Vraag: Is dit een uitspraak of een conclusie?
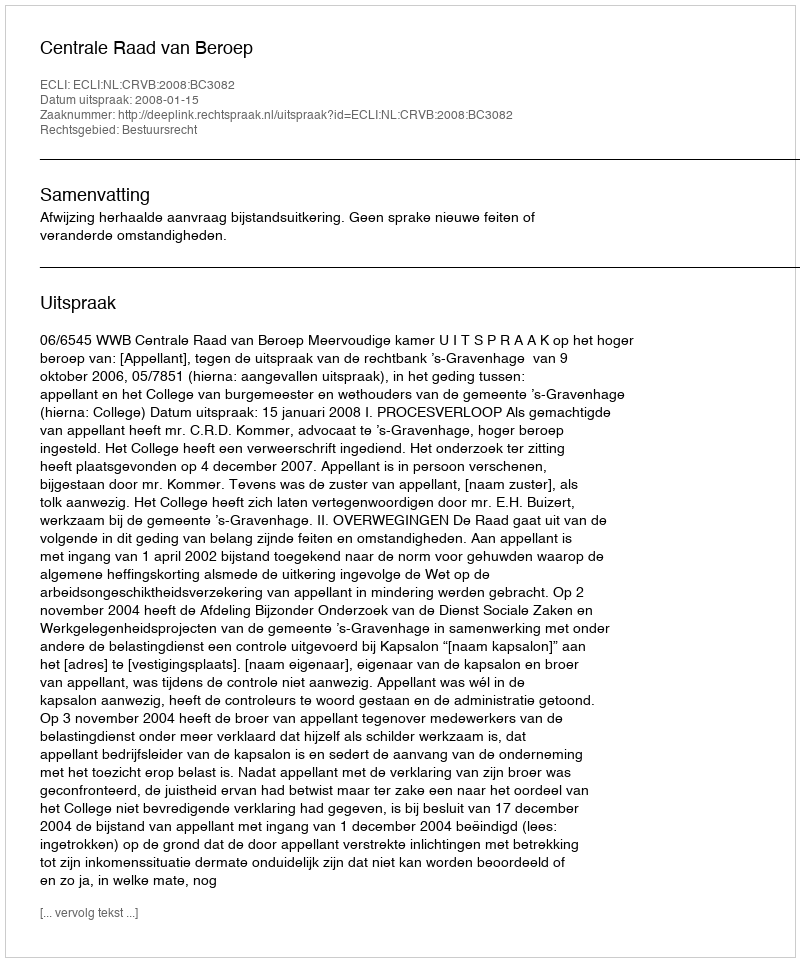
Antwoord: Uitspraak